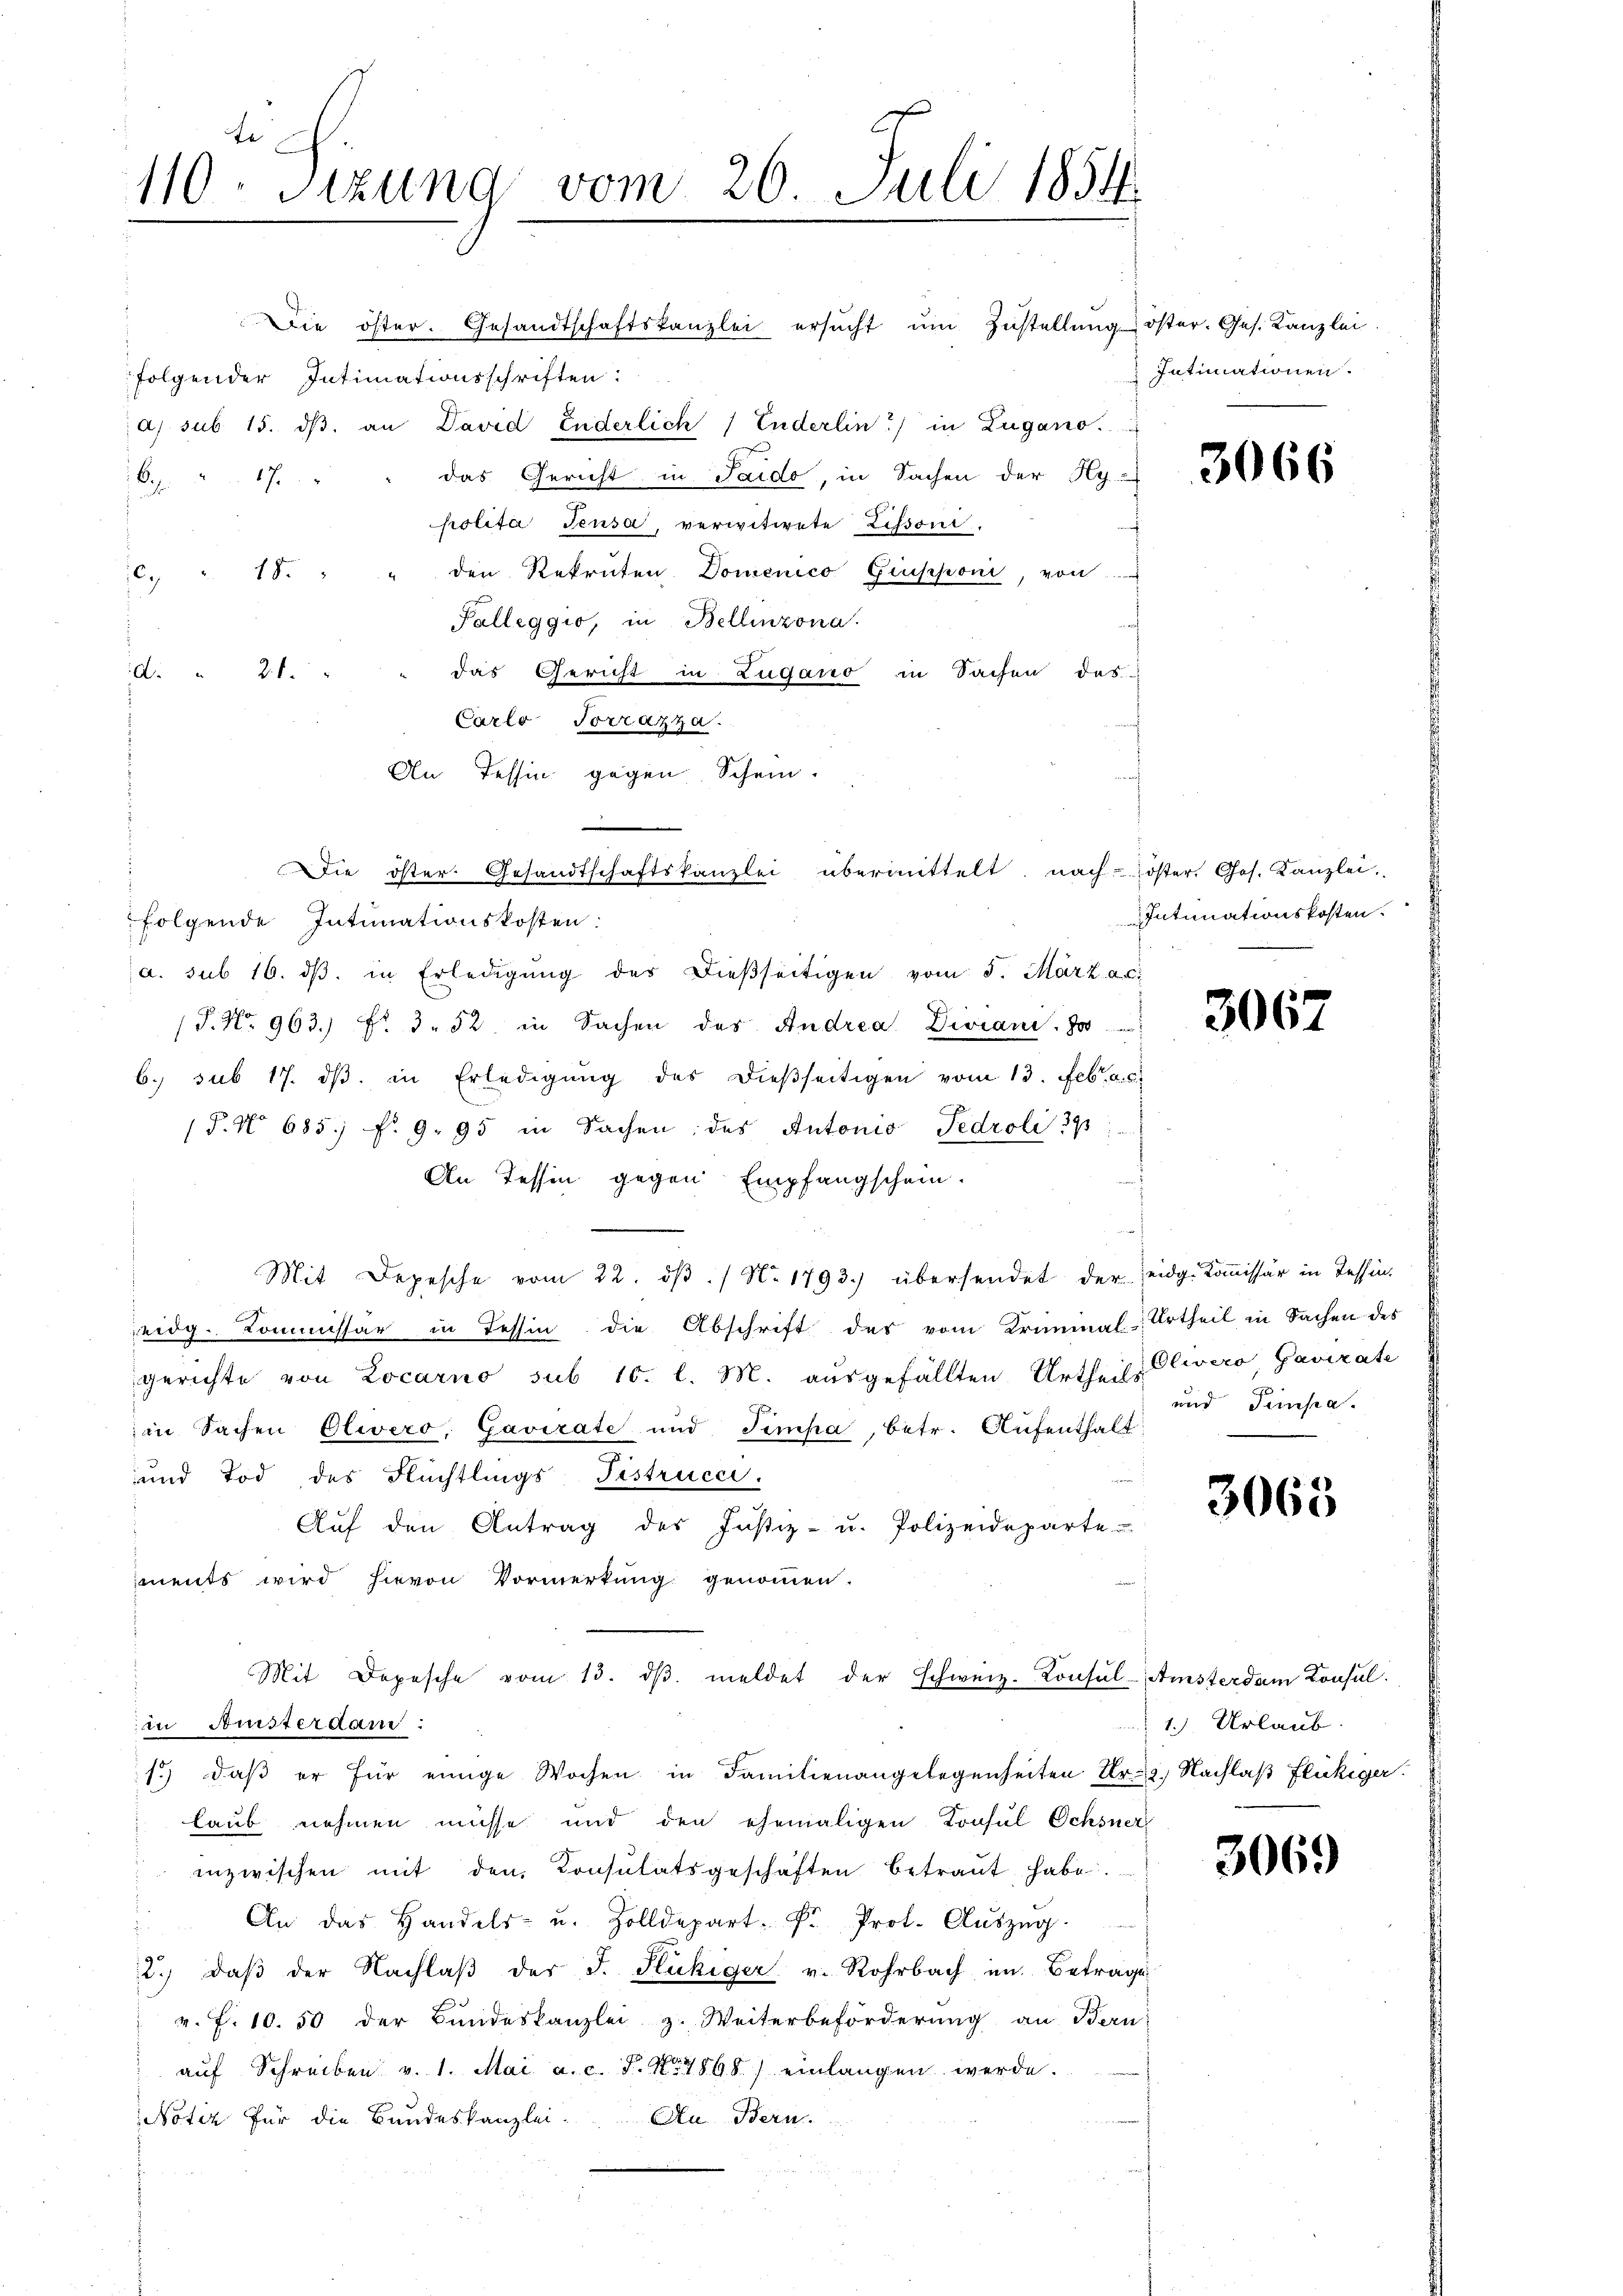
te
110. Sitzung vom 26. Juli 1854.

Die öster. Gesandtschaftskanzlei ersucht um Zustellung öster. Ges. Kanzlei
folgender Intimationsschriften:
a) sub 15. dβ an David Enderlich / Enderlin) in Zugano.
das Gericht in Saido, in Sachen der Hy
B. 17
polita Teusa, verwitwete Lissoni.
den Rekruten Domenico Giupponi, von
 18
Palleggio, in Bellinzona.
das Gericht in Zugano in Sachen das
d. 26.
Carlo Torrazza.
An Tessin gegen Schein.
folgende Intimationskosten:
a. sub 16. dβ. in Erledigŭng des dießseitigen vom 5. März a.c.
P. Nr. 963.) Fr. 3. 52. in Sachen des Andrea Divian. Jo
6. sub 17. dβ in Erledigung des dießseitigen vom 13. Febr. a. c.
(§. No 685 f. 9. 95 in Sachen des Antonio Fedroli 395:
An Tessin gegen Empfangschein.
Mit Depesche vom 22. dβ. / No 1793.) übersendet der Zeidg. Kommissär in Tessineidg. Kommissar in Tessin die Abschrift des vom Kriminal-Urtheil in Sachen des
gerichte von Locarno sub 10. l. M. ausgefällten Urtheil Olwero, Gavirate
in Sachen Olivero, Gavirate und Timpa, betr. Aufenthalt
und Tod des Flüchtlings Fistrucci.
Aŭf den Antrag des Justiz- u. Polizeideparte
iments wird hievon Vormerkung genommen.
Mit Depesche vom 13. dβ meldet der schweiz. Konsŭl-Amsterdam Konsul
in Anisterdan
1.) daβ er für einige Wochen in Familienangelegenheiten Fr. 2. Nachlaβ Flickiger.
laub nehmen müsse und den ehemaligen Konsul Ochsner
inzwischen mit den Konsulatsgeschäften betraŭt habe.
An das Handels- u. Zolldepart. F. Prot. Aŭszŭg.
2. daβ der Nachlaβ der J. Hukiger v. Rohrbach im Betrage
v. f. 10. 50 der Bundeskanzlei z. Weiterbeförderung an Bern
aŭf Schreiben v. 1. Mai a. c. J. No. 1868) einlangen werde.
Notiz für die Bandeskanzlei. An Bern.

n

Die öster Gesandtschaftskanzlei übermittelt, nach öster, Ges. Kanzlei.

Intimationen.

3066

Intimationskosten.

3067

und Teinpa-

3065

1.) Urlaub.

3069